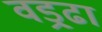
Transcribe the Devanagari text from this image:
वड्र्ढा